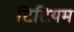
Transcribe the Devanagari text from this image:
टिटियम